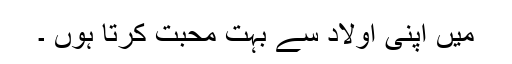
میں اپنی اولاد سے بہت محبت کرتا ہوں ۔